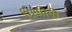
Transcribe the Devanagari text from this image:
ग्रिजोनी